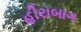
હીરાબાગ